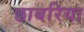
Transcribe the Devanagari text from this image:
छाबरिया